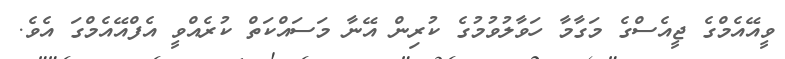
ވީއޭއެމްގެ ޖީއެސްގެ މަގާމާ ހަވާލުވުމުގެ ކުރިން އޭނާ މަސައްކަތް ކުރެއްވީ އެފްއޭއެމްގަ އެވެ.